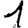
Digit: 1